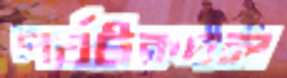
পর্যটকদল